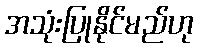
အသုံးပြုနိုင်မည်ဟု